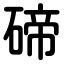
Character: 碲